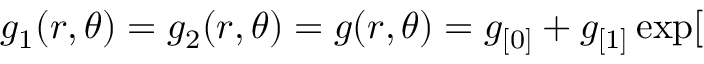
g _ { 1 } ( r , \theta ) = g _ { 2 } ( r , \theta ) = g ( r , \theta ) = g _ { [ 0 ] } + g _ { [ 1 ] } \exp [